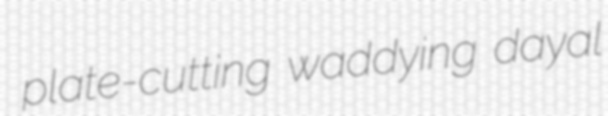
plate-cutting waddying dayal